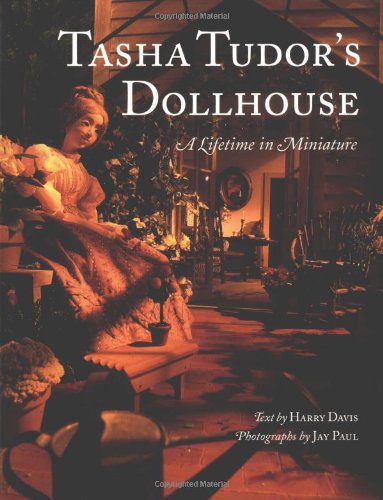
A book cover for Tasha Tudor's Dollhouse : A Lifetime in Miniature; Harry Davis; Crafts, Hobbies & Home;